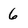
Character: 6